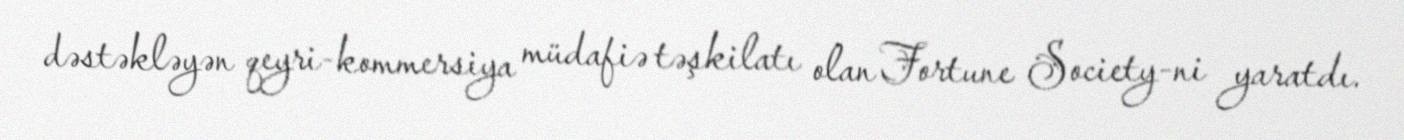
dəstəkləyən qeyri-kommersiya müdafiə təşkilatı olan Fortune Society-ni yaratdı.